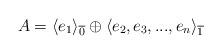
LaTeX: \begin{align*} A=\langle e_1 \rangle_{\overline{0}}\oplus\langle e_2,e_3,...,e_n \rangle_{\overline{1}}\end{align*}